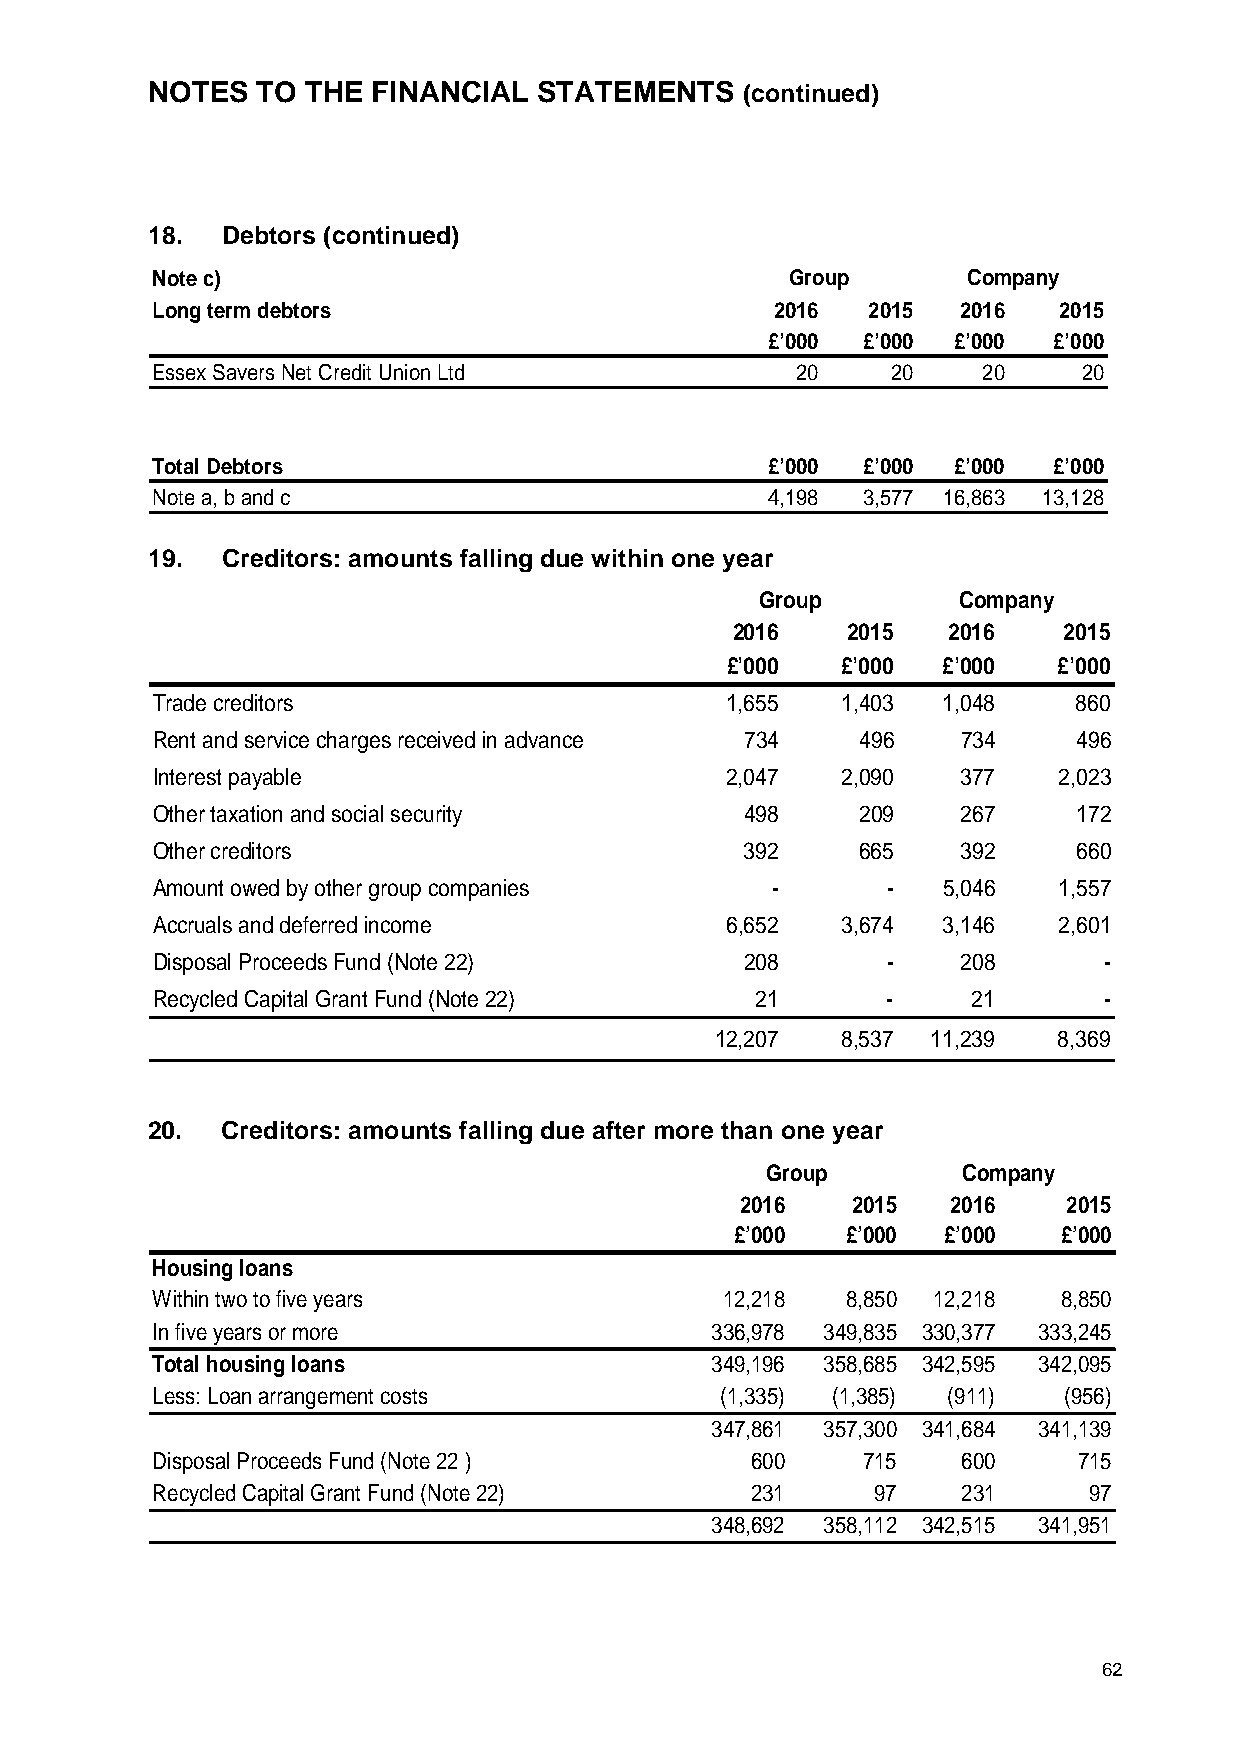
NOTES  TO THE  FINANCIAL  STATEMENTS   (continued)
 18.  Debtors (continued)
 Note c)                                   Group       Company
 Long term debtors                        2016  2015   2016  2015
 £’000 £’000 £’000  £’000
 Essex Savers Net Credit Union Ltd          20    20    20     20
 Total Debtors                            £’000 £’000 £’000  £’000
 Note a, b and c                          4,198 3,577 16,863 13,128
 19.  Creditors: amounts falling due within one year
 Group        Company
 2016    2015   2016   2015
 £’000   £’000 £’000   £’000
 Trade creditors                       1,655   1,403 1,048    860
 Rent and service charges received in advance 734 496  734    496
 Interest payable                      2,047   2,090   377   2,023
 Other taxation and social security     498     209    267    172
 Other creditors                        392     665    392    660
 Amount owed by other group companies     -       -  5,046   1,557
 Accruals and deferred income          6,652   3,674 3,146   2,601
 Disposal Proceeds Fund (Note 22)       208       -    208      -
 Recycled Capital Grant Fund (Note 22)   21       -    21       -
 12,207   8,537 11,239  8,369
 20.  Creditors: amounts falling due after more than one year
 Group        Company
 2016   2015   2016    2015
 £’000  £’000 £’000   £’000
 Housing loans
 Within two to five years              12,218  8,850 12,218  8,850
 In five years or more                336,978 349,835 330,377 333,245
 Total housing loans                  349,196 358,685 342,595 342,095
 Less: Loan arrangement costs          (1,335) (1,385) (911) (956)
 347,861 357,300 341,684 341,139
 Disposal Proceeds Fund (Note 22 )       600    715    600    715
 Recycled Capital Grant Fund (Note 22)   231     97    231     97
 348,692 358,112 342,515 341,951
 62